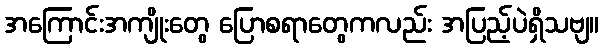
အကြောင်းအကျိုးတွေ ပြောစရာတွေကလည်း အပြည့်ပဲရှိသဗျ။